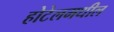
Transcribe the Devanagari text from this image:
होटेलमधील